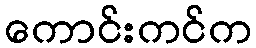
ကောင်းကင်က